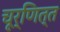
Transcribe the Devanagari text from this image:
चूर्णित्त